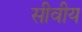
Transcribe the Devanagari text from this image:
सीवीय